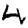
Digit: 4